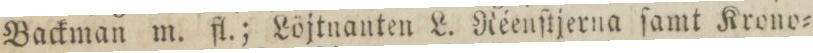
Backman m. fl.; Löjtnanten L. Réenſtjerna ſamt Krono=